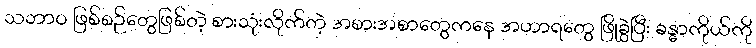
သဘာ၀ ဖြစ်စဉ်တွေဖြစ်တဲ့ စားသုံးလိုက်တဲ့ အစားအစာတွေကနေ အဟာရတွေ ဖြိုခွဲပြီး ခန္ဓာကိုယ်ကို